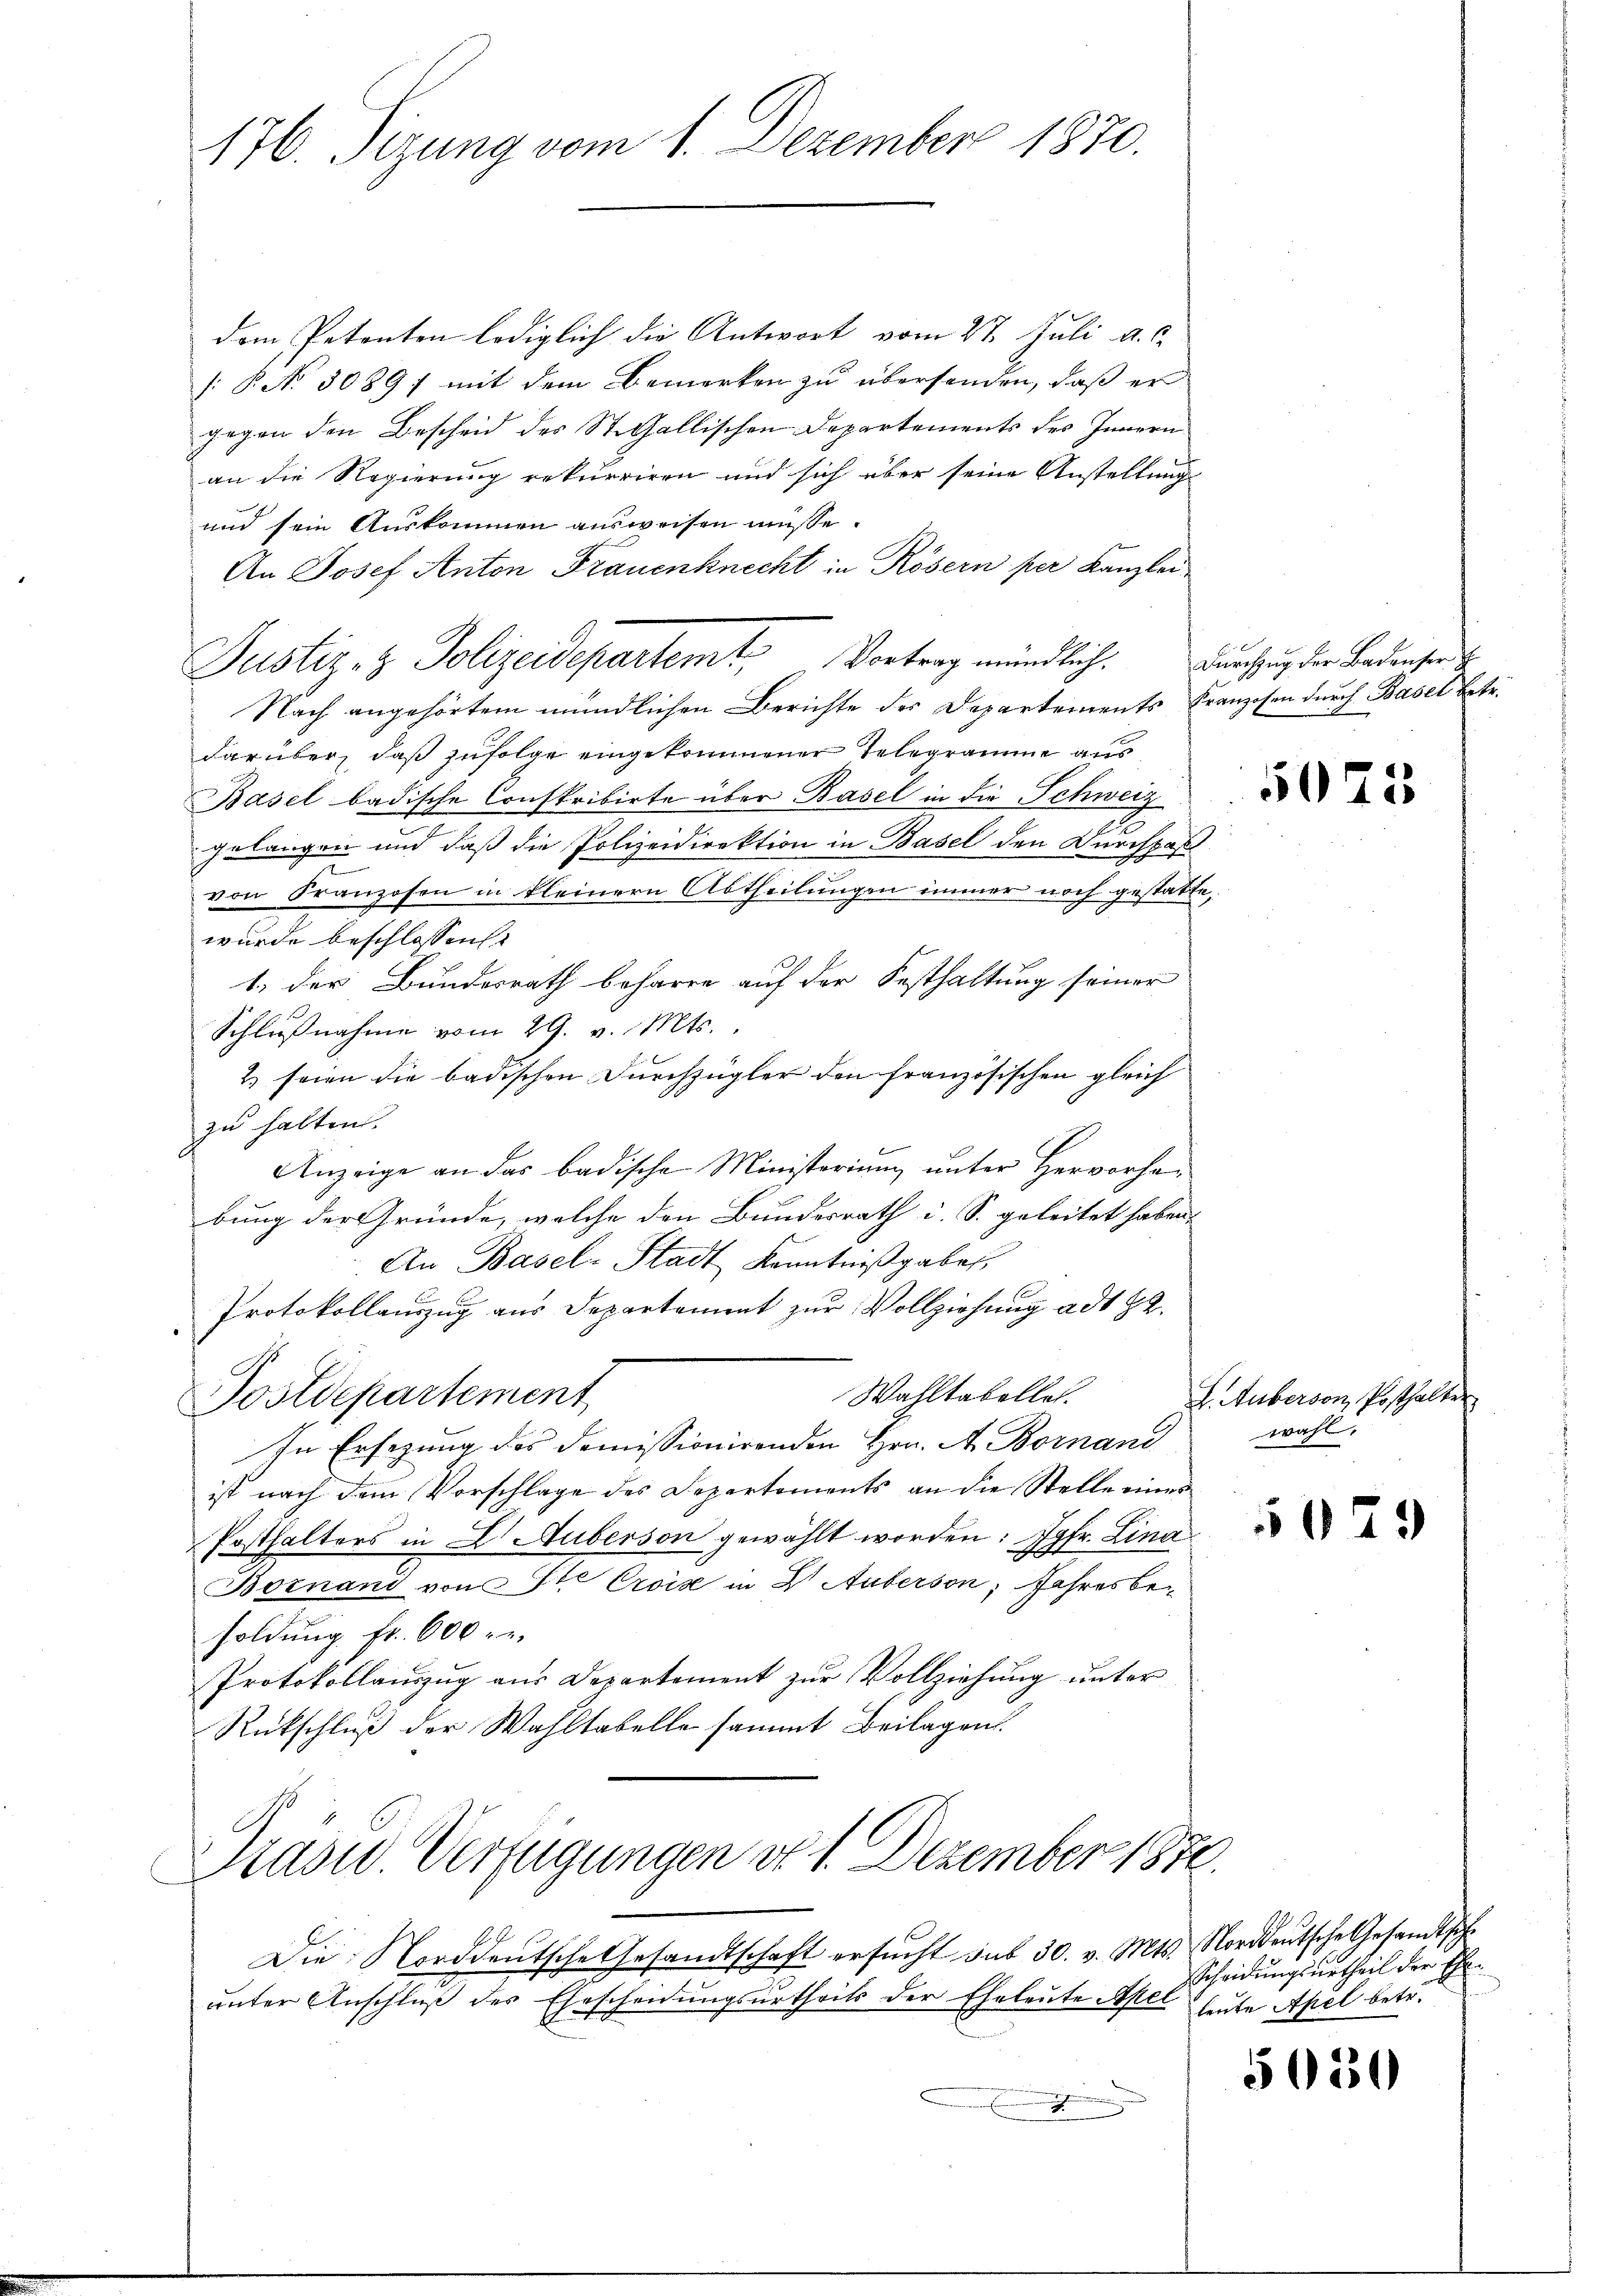
176. Sizung vom 1. Dezember 1870.

dem Petenten lediglich die Antwort vom 27. Juli d. J.
[: P. No. 3089; mit dem Bemerken zu übersenden, daß er
gegen den Bescheid des St. Gallischen Departements des Innern
an die Regierung rekurriren und sich über seine Anstellung
und sein Auskommen ausweisen müsse.
An Josef Anton Frauenknecht in Rösern per Kanzlei
Justiz- & Polizeidepartemt, Vortrag mündlich. Durchzug der Badensen
Nach angehörtem mündlichen Berichte der Departements Franzosen durch Basel betr.
darüber, daß zufolge eingekommener Telegramme aus
Basel badische Conskribirte über Basel in die Schweiz
gelangen und daß die Polizeidirektion in Basel den Durchpaß
von Franzosen in kleinern Abtheilungen immer noch gestätte,
wurde beschlossen.
1. der Bundesrath beharre auf der Festhaltung seiner
Schlußnahme vom 29. v. Mts.,
2) seien die badischen Durchzügler den französischen gleich
zu halten.
Anzeige an das badische Ministerium unter Hervorhabung der Gründe, welche den Bundesrath i. S. geleitet haben,
An Basel-Stadt Kenntnißgaben.
Protokollauszug aus Departament zur Vollziehung ad 2.
Wahltabelle.
Postdepartement
In Ersezung des domissionirenden Hrn. A. Bornand
ist nach dem Vorschlage des Departements an die Stelle eines
Posthalters in L. Auberson gewählt worden: Jgfr. Lina
Boznani von Ste Croise in 2. Auberson, Jahresbesoldŭng fr. 600 re
Protokollanzŭg aŭs Departement zŭr Vollziehŭng ŭnter
Rückschluß der Wahltabelle sammt Beilagen.

Präsid. Verfügungen d. 1. Dezember 1850.

Die Norddeutsche Gesandtschaft ersŭcht das 30. v. Mts. Norddeutsche Gesandtsch
unter Anschluß des Ehescheidungsurtheils der Eheleute Apel heute Apel betr.
I

5073

L. Auberson, Posthalter
wohl.

079

Scheidungsurtheil der Ehe.

5050